Document type: Grant
Year: 1445
Scribe: Antoni Gomar
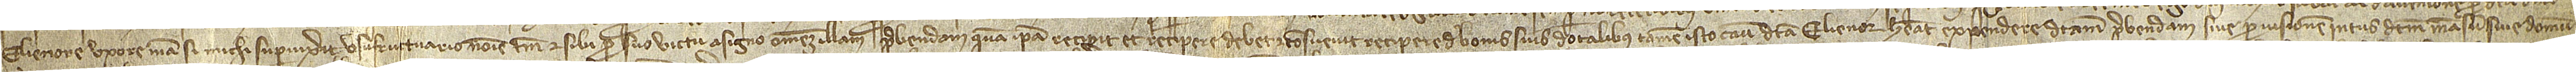
Elienore, uxore mea, si michi supervixerit, usufructuario nomine tamen et sibi pro suo victu asigno omnem illam prebendam quam ipsa recipit et recipere debet et consuevit recipere de bonis suis dotalibus, tamen isto casu dicta Elienor habeat expendere dictam prebendam sive provisionem intus dictum mansum sive domum